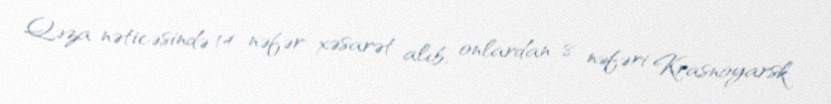
Qəza nəticəsində 14 nəfər xəsarət alıb, onlardan 8 nəfəri Krasnoyarsk